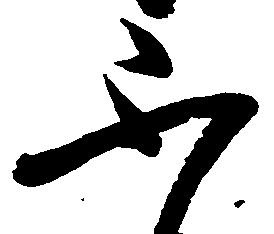
不